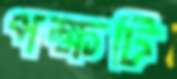
পক্ষটি